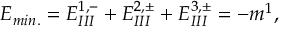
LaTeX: E _ { m i n . } = E _ { I I I } ^ { 1 , - } + E _ { I I I } ^ { 2 , \pm } + E _ { I I I } ^ { 3 , \pm } = - m ^ { 1 } ,